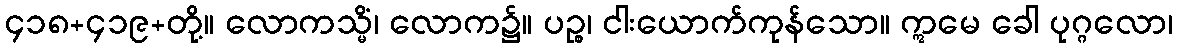
၄၁၈+၄၁၉+တို့။ လောကသ္မိံ၊ လောက၌။ ပဉ္စ၊ ငါးယောက်ကုန်သော။ ဣမေ ခေါ ပုဂ္ဂလော၊